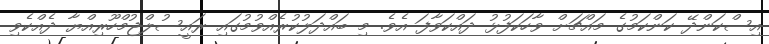
އިސްކަންދޭ ކަންކަމުގެ މައްޗަށް ވާހަކަފުޅު ދައްކަވާފަ އެވެ. މި ބައްދަލުކުރެއްވުމުގައި ރައީސުލްޖުމްހޫރިއްޔާ ދެއްކެވި